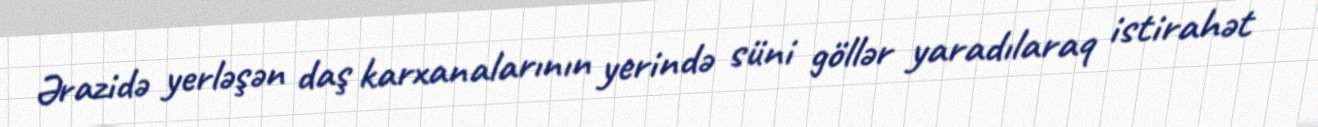
Ərazidə yerləşən daş karxanalarının yerində süni göllər yaradılaraq istirahət